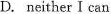
D.neither I can